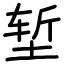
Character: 堑